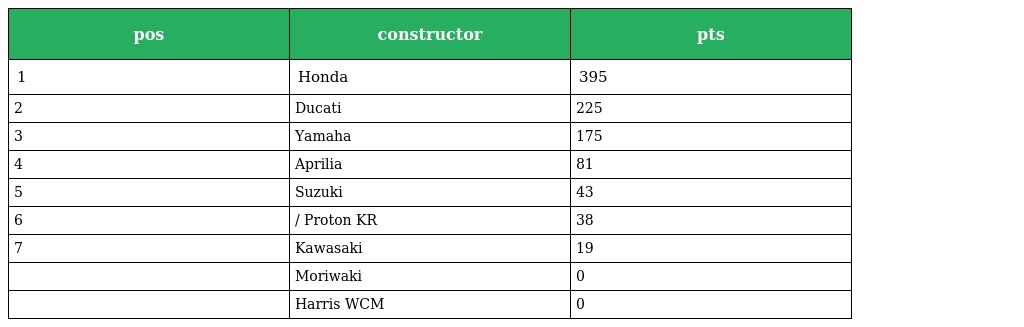
| pos | constructor | pts |
 | --- | --- | --- |
 | 1 | Honda | 395 |
 | 2 | Ducati | 225 |
 | 3 | Yamaha | 175 |
 | 4 | Aprilia | 81 |
 | 5 | Suzuki | 43 |
 | 6 | / Proton KR | 38 |
 | 7 | Kawasaki | 19 |
 |  | Moriwaki | 0 |
 |  | Harris WCM | 0 |